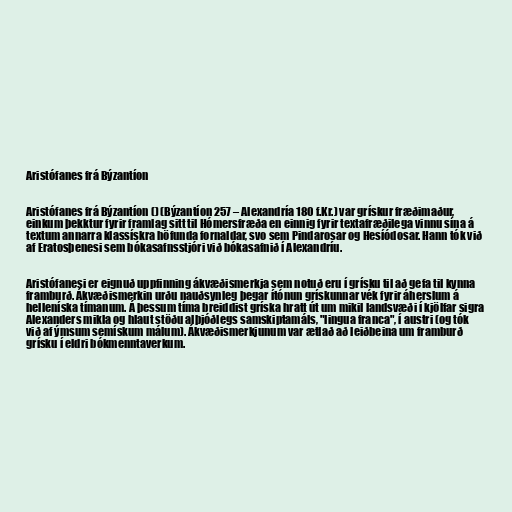
Aristófanes frá Býzantíon

Aristófanes frá Býzantíon () (Býzantíon 257 – Alexandría 180 f.Kr.) var grískur fræðimaður,
einkum þekktur fyrir framlag sitt til Hómersfræða en einnig fyrir textafræðilega vinnu sína á
textum annarra klassískra höfunda fornaldar, svo sem Pindarosar og Hesíódosar. Hann tók við
af Eratosþenesi sem bókasafnsstjóri við bókasafnið í Alexandríu.

Aristófanesi er eignuð uppfinning ákvæðismerkja sem notuð eru í grísku til að gefa til kynna
framburð. Ákvæðismerkin urðu nauðsynleg þegar ítónun grískunnar vék fyrir áherslum á
helleníska tímanum. Á þessum tíma breiddist gríska hratt út um mikil landsvæði í kjölfar sigra
Alexanders mikla og hlaut stöðu alþjóðlegs samskiptamáls, "lingua franca", í austri (og tók
við af ýmsum semískum málum). Ákvæðismerkjunum var ætlað að leiðbeina um framburð
grísku í eldri bókmenntaverkum.